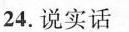
24.说实话